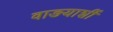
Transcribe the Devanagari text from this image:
वाङयाशीं